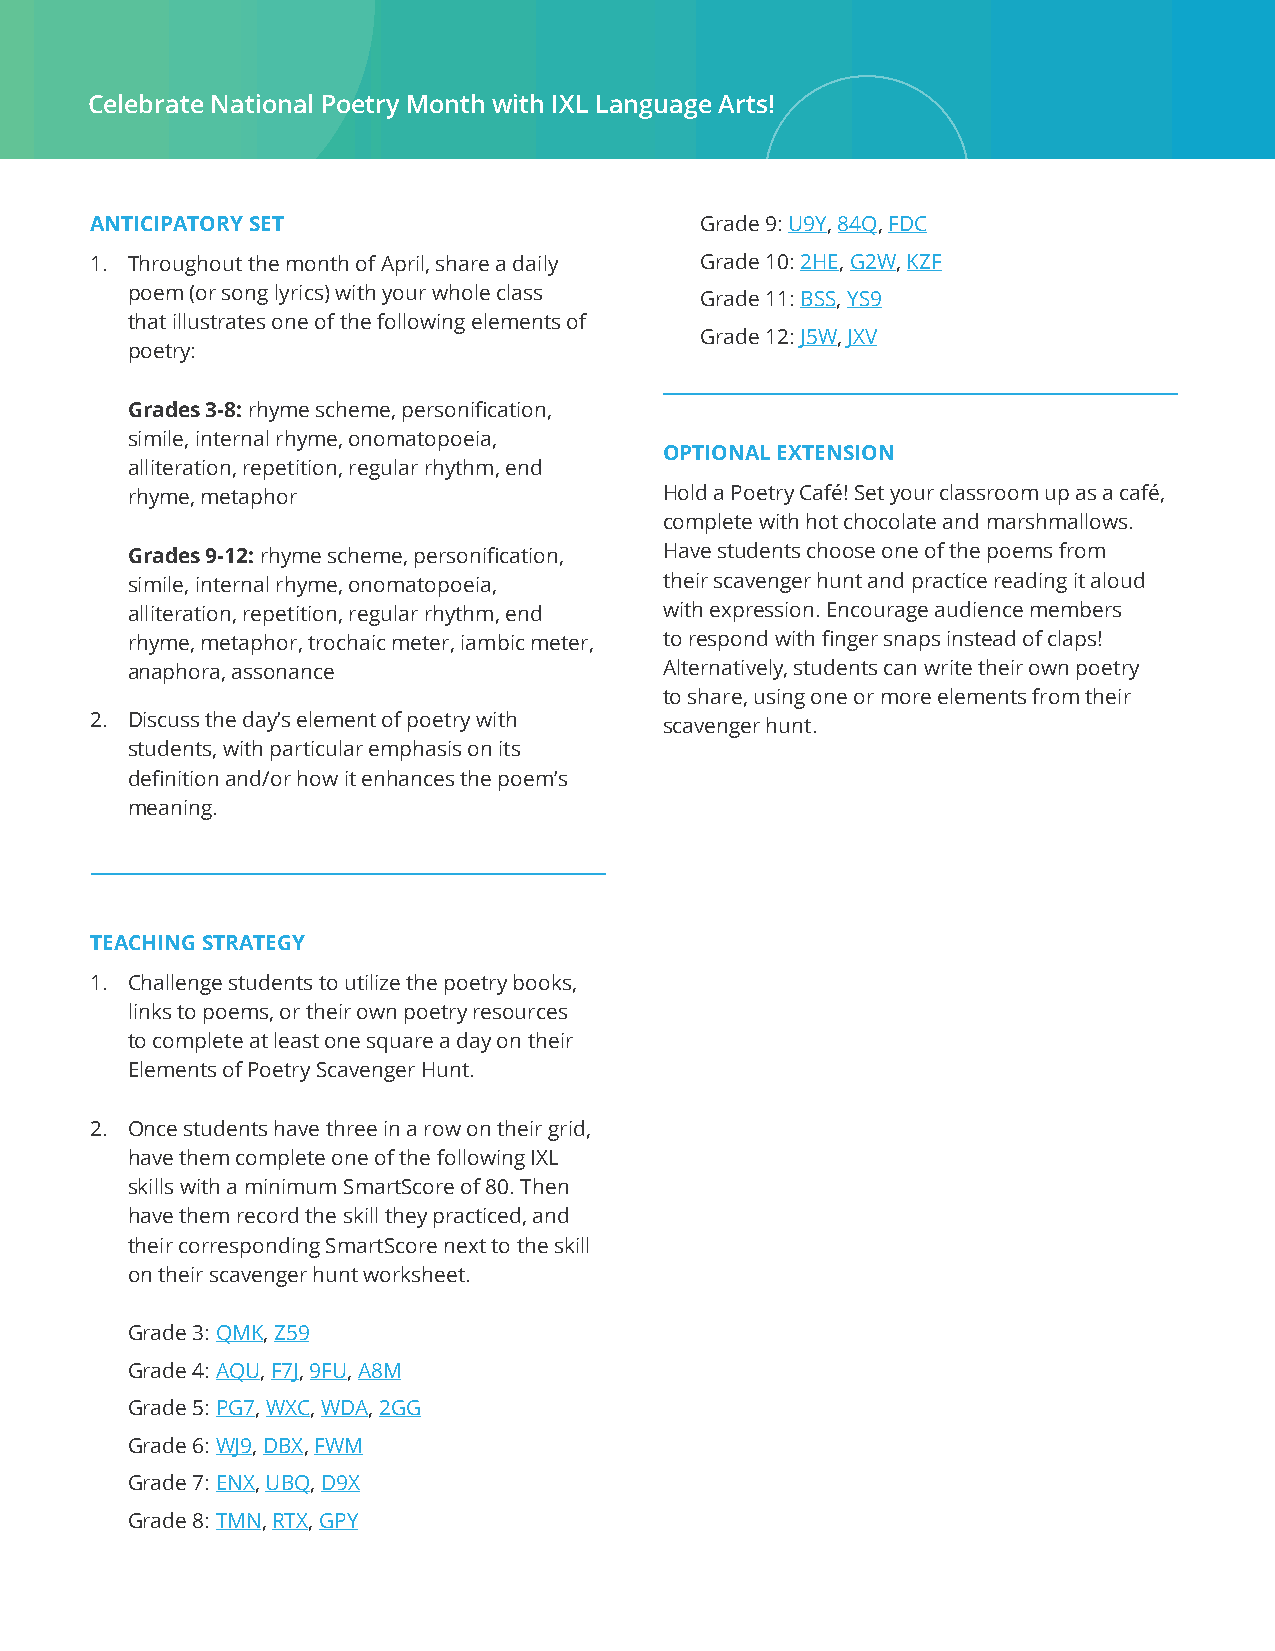
Celebrate National Poetry Month with IXL Language Arts!
 ANTICIPATORY SET                        Grade 9: U9Y, 84Q, FDC
 1. Throughout the month of April, share a daily Grade 10: 2HE, G2W, KZF
 poem (or song lyrics) with your whole class Grade 11: BSS, YS9
 that illustrates one of the following elements of
 Grade 12: J5W, JXV
 poetry:
 Grades 3-8: rhyme scheme, personification,
 simile, internal rhyme, onomatopoeia,
 OPTIONAL EXTENSION
 alliteration, repetition, regular rhythm, end
 rhyme, metaphor                     Hold a Poetry Café! Set your classroom up as a café,
 complete with hot chocolate and marshmallows.
 Grades 9-12: rhyme scheme, personification, Have students choose one of the poems from
 simile, internal rhyme, onomatopoeia, their scavenger hunt and practice reading it aloud
 alliteration, repetition, regular rhythm, end with expression. Encourage audience members
 rhyme, metaphor, trochaic meter, iambic meter, to respond with finger snaps instead of claps!
 anaphora, assonance                 Alternatively, students can write their own poetry
 to share, using one or more elements from their
 2. Discuss the day’s element of poetry with scavenger hunt.
 students, with particular emphasis on its
 definition and/or how it enhances the poem’s
 meaning.
 TEACHING STRATEGY
 1. Challenge students to utilize the poetry books,
 links to poems, or their own poetry resources
 to complete at least one square a day on their
 Elements of Poetry Scavenger Hunt.
 2. Once students have three in a row on their grid,
 have them complete one of the following IXL
 skills with a minimum SmartScore of 80. Then
 have them record the skill they practiced, and
 their corresponding SmartScore next to the skill
 on their scavenger hunt worksheet.
 Grade 3: QMK, Z59
 Grade 4: AQU, F7J, 9FU, A8M
 Grade 5: PG7, WXC, WDA, 2GG
 Grade 6: WJ9, DBX, FWM
 Grade 7: ENX, UBQ, D9X
 Grade 8: TMN, RTX, GPY